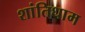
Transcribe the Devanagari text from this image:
शांतिधाम